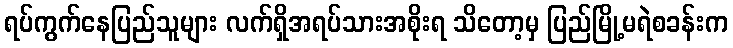
ရပ်ကွက်နေပြည်သူများ လက်ရှိအရပ်သားအစိုးရ သိတော့မှ ပြည်မြို့မရဲစခန်းက